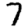
Digit: 7